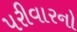
પરીવારનો